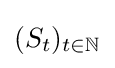
(S_{t})_{t\in \mathbb {N} }